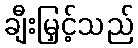
ချီးမြှင့်သည်